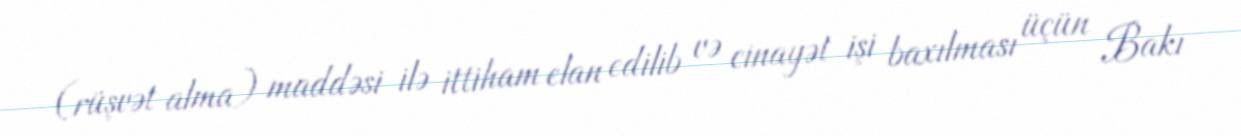
(rüşvət alma) maddəsi ilə ittiham elan edilib və cinayət işi baxılması üçün Bakı